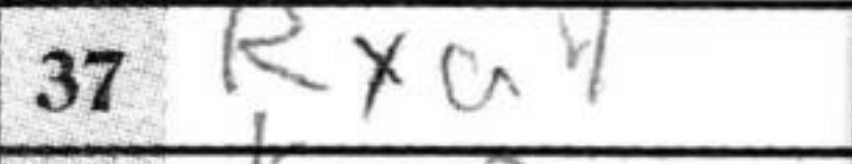
Transcription: Rxa4